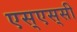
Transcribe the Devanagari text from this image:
एस्‌एस्‌सी